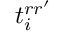
t _ { i } ^ { r r ^ { \prime } }